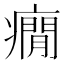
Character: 癇